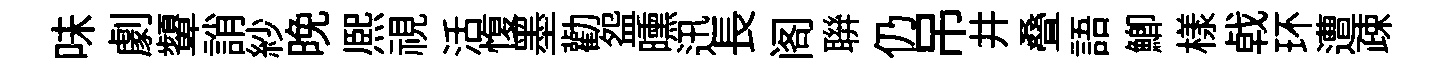
味劇顰誚紗晚熈視活愎墨勸盌曛迅長阁聨仍吊井叠語鯽樣㦸环遭疎